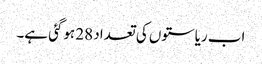
اب ریاستوں کی تعداد 28 ہوگئی ہے۔